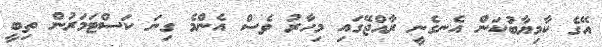
އޭގެ ކާމިޔާބުކަން އެނގެނީ ރާއްޖޭގައި މިހާރު ވެސް އެންމެ ގިނަ ކަސްޓަމަރުން ތިބީ